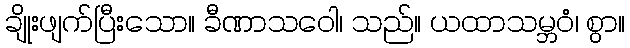
ချိုးဖျက်ပြီးသော။ ခီဏာသဝေါ၊ သည်။ ယထာသမ္ဘဝံ၊ စွာ။